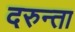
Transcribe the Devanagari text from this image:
दरुन्ता